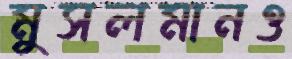
মুসলমানও